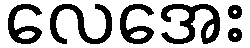
လေအေး